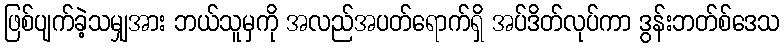
ဖြစ်ပျက်ခဲ့သမျှအား ဘယ်သူမှကို အလည်အပတ်ရောက်ရှိ အပ်ဒိတ်လုပ်ကာ ဒွန်းဘတ်စ်ဒေသ